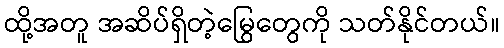
ထို့အတူ အဆိပ်ရှိတဲ့မြွေတွေကို သတ်နိုင်တယ်။